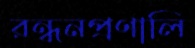
রন্ধনপ্রণালি